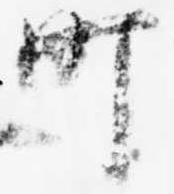
町